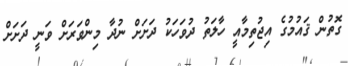
ގޮތުން ޤައުމުގެ އިޖުތިމާއީ ހާލަތު ދުވަހަކު ދަށަށް ނުދާ މިންވަރަށް ވަނީ ދަށަށް